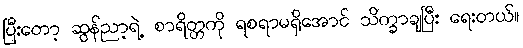
ပြီးတော့ ဆွန်ညာ့ရဲ့ စာရိတ္တကို ရစရာမရှိအောင် သိက္ခာချပြီး ရေးတယ်။